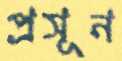
প্রসূন